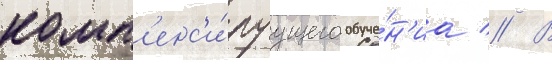
комп'енс'и́руущего обуче́н'иа // В